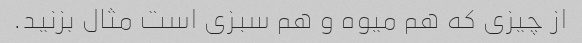
از چیزی که هم میوه و هم سبزی است مثال بزنید.